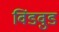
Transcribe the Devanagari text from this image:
विंडवुड